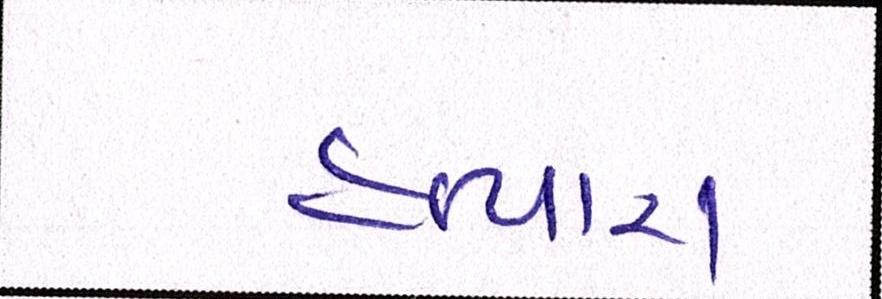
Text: હત્યારા